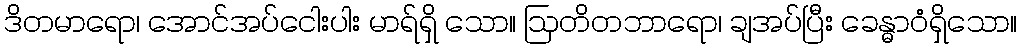
ဒိတမာရော၊ အောင်အပ်ငေါးပါး မာရ်ရှိ သော။ ဩတိတဘာရော၊ ချအပ်ပြီး ခေန္ဓာဝံရှိသော။